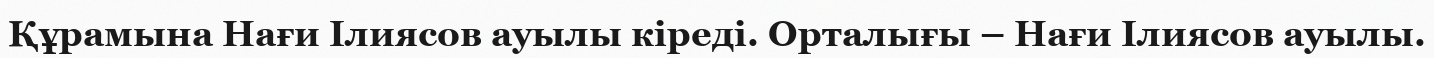
Құрамына Нағи Ілиясов ауылы кіреді. Орталығы – Нағи Ілиясов ауылы.